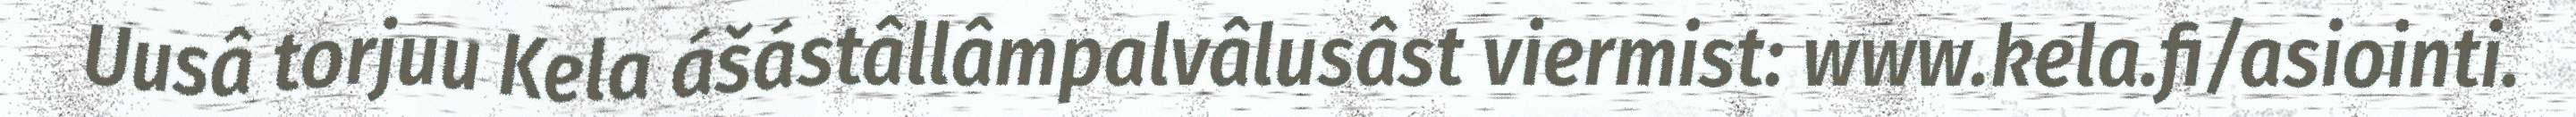
Uusâ torjuu Kela ášástâllâmpalvâlusâst viermist: www.kela.fi/asiointi.